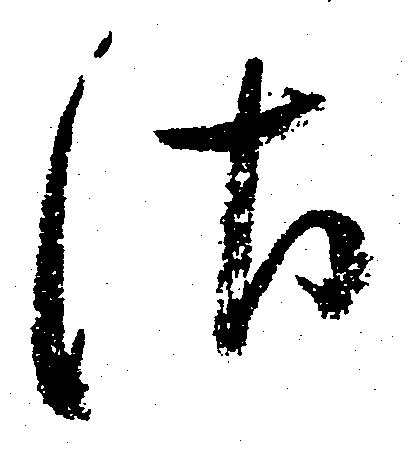
さ